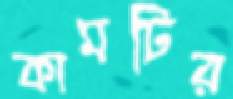
কামটির